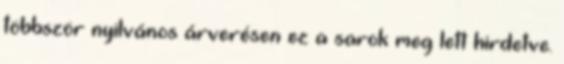
többször nyilvános árverésen ez a sarok meg lett hirdetve.